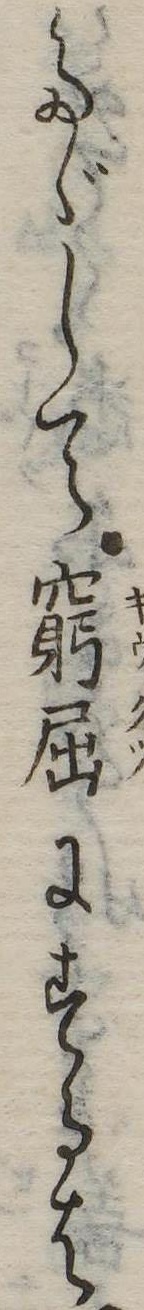
たゞして窮屈にするは